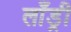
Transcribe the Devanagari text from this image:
लाँड्री